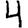
Digit: 4